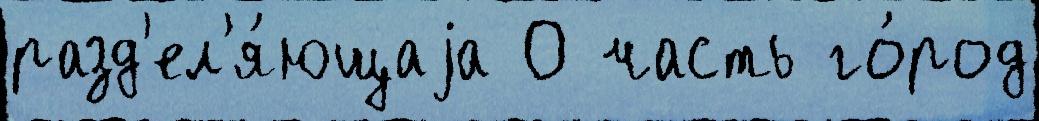
разд'ел'я́ющаjа О часть го́род